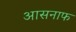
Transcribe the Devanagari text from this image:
आसनाफ